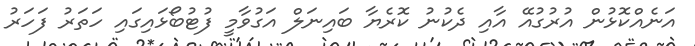
އަނެއްކޮޅުން އުރުގުއޭ އާއި ދެކުނު ކޮރެޔާ ބައިނަލް އަގުވާމީ ފުޓުބޯޅައިގައި ހަތަރު ފަހަރު